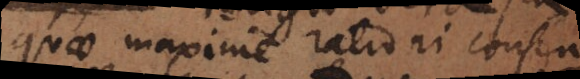
quae maxime rationi consen